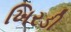
ખિરડી